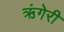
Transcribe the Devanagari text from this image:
ऋंगेरी